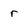
Character: r